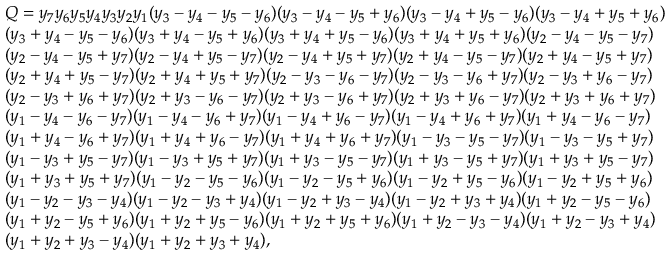
\begin{array} { l } { Q = y _ { 7 } y _ { 6 } y _ { 5 } y _ { 4 } y _ { 3 } y _ { 2 } y _ { 1 } ( y _ { 3 } - y _ { 4 } - y _ { 5 } - y _ { 6 } ) ( y _ { 3 } - y _ { 4 } - y _ { 5 } + y _ { 6 } ) ( y _ { 3 } - y _ { 4 } + y _ { 5 } - y _ { 6 } ) ( y _ { 3 } - y _ { 4 } + y _ { 5 } + y _ { 6 } ) } \\ { ( y _ { 3 } + y _ { 4 } - y _ { 5 } - y _ { 6 } ) ( y _ { 3 } + y _ { 4 } - y _ { 5 } + y _ { 6 } ) ( y _ { 3 } + y _ { 4 } + y _ { 5 } - y _ { 6 } ) ( y _ { 3 } + y _ { 4 } + y _ { 5 } + y _ { 6 } ) ( y _ { 2 } - y _ { 4 } - y _ { 5 } - y _ { 7 } ) } \\ { ( y _ { 2 } - y _ { 4 } - y _ { 5 } + y _ { 7 } ) ( y _ { 2 } - y _ { 4 } + y _ { 5 } - y _ { 7 } ) ( y _ { 2 } - y _ { 4 } + y _ { 5 } + y _ { 7 } ) ( y _ { 2 } + y _ { 4 } - y _ { 5 } - y _ { 7 } ) ( y _ { 2 } + y _ { 4 } - y _ { 5 } + y _ { 7 } ) } \\ { ( y _ { 2 } + y _ { 4 } + y _ { 5 } - y _ { 7 } ) ( y _ { 2 } + y _ { 4 } + y _ { 5 } + y _ { 7 } ) ( y _ { 2 } - y _ { 3 } - y _ { 6 } - y _ { 7 } ) ( y _ { 2 } - y _ { 3 } - y _ { 6 } + y _ { 7 } ) ( y _ { 2 } - y _ { 3 } + y _ { 6 } - y _ { 7 } ) } \\ { ( y _ { 2 } - y _ { 3 } + y _ { 6 } + y _ { 7 } ) ( y _ { 2 } + y _ { 3 } - y _ { 6 } - y _ { 7 } ) ( y _ { 2 } + y _ { 3 } - y _ { 6 } + y _ { 7 } ) ( y _ { 2 } + y _ { 3 } + y _ { 6 } - y _ { 7 } ) ( y _ { 2 } + y _ { 3 } + y _ { 6 } + y _ { 7 } ) } \\ { ( y _ { 1 } - y _ { 4 } - y _ { 6 } - y _ { 7 } ) ( y _ { 1 } - y _ { 4 } - y _ { 6 } + y _ { 7 } ) ( y _ { 1 } - y _ { 4 } + y _ { 6 } - y _ { 7 } ) ( y _ { 1 } - y _ { 4 } + y _ { 6 } + y _ { 7 } ) ( y _ { 1 } + y _ { 4 } - y _ { 6 } - y _ { 7 } ) } \\ { ( y _ { 1 } + y _ { 4 } - y _ { 6 } + y _ { 7 } ) ( y _ { 1 } + y _ { 4 } + y _ { 6 } - y _ { 7 } ) ( y _ { 1 } + y _ { 4 } + y _ { 6 } + y _ { 7 } ) ( y _ { 1 } - y _ { 3 } - y _ { 5 } - y _ { 7 } ) ( y _ { 1 } - y _ { 3 } - y _ { 5 } + y _ { 7 } ) } \\ { ( y _ { 1 } - y _ { 3 } + y _ { 5 } - y _ { 7 } ) ( y _ { 1 } - y _ { 3 } + y _ { 5 } + y _ { 7 } ) ( y _ { 1 } + y _ { 3 } - y _ { 5 } - y _ { 7 } ) ( y _ { 1 } + y _ { 3 } - y _ { 5 } + y _ { 7 } ) ( y _ { 1 } + y _ { 3 } + y _ { 5 } - y _ { 7 } ) } \\ { ( y _ { 1 } + y _ { 3 } + y _ { 5 } + y _ { 7 } ) ( y _ { 1 } - y _ { 2 } - y _ { 5 } - y _ { 6 } ) ( y _ { 1 } - y _ { 2 } - y _ { 5 } + y _ { 6 } ) ( y _ { 1 } - y _ { 2 } + y _ { 5 } - y _ { 6 } ) ( y _ { 1 } - y _ { 2 } + y _ { 5 } + y _ { 6 } ) } \\ { ( y _ { 1 } - y _ { 2 } - y _ { 3 } - y _ { 4 } ) ( y _ { 1 } - y _ { 2 } - y _ { 3 } + y _ { 4 } ) ( y _ { 1 } - y _ { 2 } + y _ { 3 } - y _ { 4 } ) ( y _ { 1 } - y _ { 2 } + y _ { 3 } + y _ { 4 } ) ( y _ { 1 } + y _ { 2 } - y _ { 5 } - y _ { 6 } ) } \\ { ( y _ { 1 } + y _ { 2 } - y _ { 5 } + y _ { 6 } ) ( y _ { 1 } + y _ { 2 } + y _ { 5 } - y _ { 6 } ) ( y _ { 1 } + y _ { 2 } + y _ { 5 } + y _ { 6 } ) ( y _ { 1 } + y _ { 2 } - y _ { 3 } - y _ { 4 } ) ( y _ { 1 } + y _ { 2 } - y _ { 3 } + y _ { 4 } ) } \\ { ( y _ { 1 } + y _ { 2 } + y _ { 3 } - y _ { 4 } ) ( y _ { 1 } + y _ { 2 } + y _ { 3 } + y _ { 4 } ) , } \end{array}